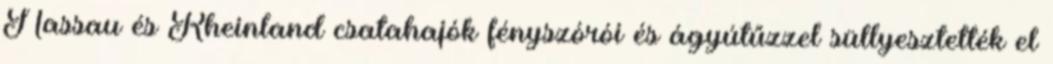
Nassau és Rheinland csatahajók fényszórói és ágyútűzzel süllyesztették el